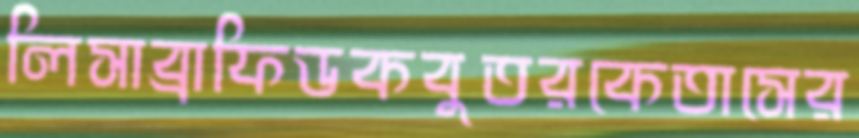
লিসাব্রাফিডকবুতরকেতাসের